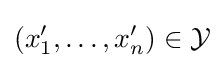
(x'_{1},\ldots ,x'_{n})\in {\mathcal {Y}}